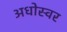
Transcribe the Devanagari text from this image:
अधोस्वर